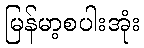
မြန်မာ့စပါးအုံး